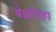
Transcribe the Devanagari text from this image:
बेइंतिहा